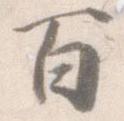
百